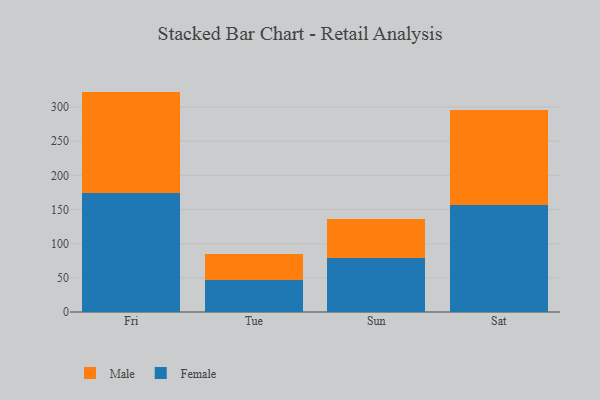
{"axis": {"x": "Day", "y": "LTV (USD)"}, "legend": ["Female", "Male"], "data": [{"x": "Fri", "y": 174.0, "type": "Female"}, {"x": "Fri", "y": 148.6, "type": "Male"}, {"x": "Tue", "y": 46.7, "type": "Female"}, {"x": "Tue", "y": 38.0, "type": "Male"}, {"x": "Sun", "y": 79.6, "type": "Female"}, {"x": "Sun", "y": 56.1, "type": "Male"}, {"x": "Sat", "y": 156.7, "type": "Female"}, {"x": "Sat", "y": 138.3, "type": "Male"}]}